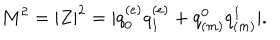
LaTeX: M ^ { 2 } = | Z | ^ { 2 } = | q _ { 0 } ^ { ( e ) } q _ { 1 } ^ { ( e ) } + q _ { ( m ) } ^ { 0 } q _ { ( m ) } ^ { 1 } | .